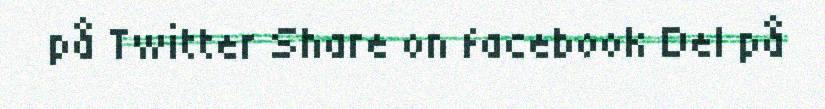
på Twitter Share on facebook Del på